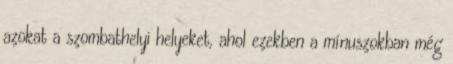
azokat a szombathelyi helyeket, ahol ezekben a mínuszokban még